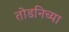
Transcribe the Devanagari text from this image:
तोडनिच्या